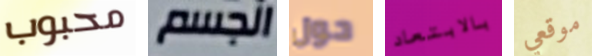
محبوب الجسم حول بالابتعاد موقعي